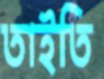
তাইতি